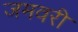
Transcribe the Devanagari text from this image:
जमवरी